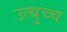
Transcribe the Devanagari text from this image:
उत्युच्च